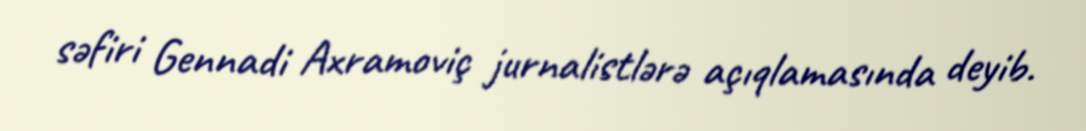
səfiri Gennadi Axramoviç jurnalistlərə açıqlamasında deyib.